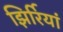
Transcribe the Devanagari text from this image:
झिर्रियां